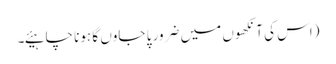
(اس کی آنکھوں میں ضرور پا جاوں گا ہونا چاہیئے۔